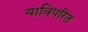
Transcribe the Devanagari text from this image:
याविपरित